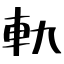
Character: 軌